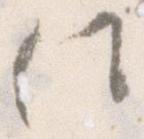
任